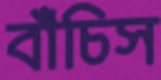
বাঁচিস